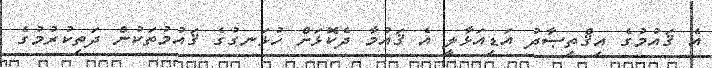
އެ ޤައުމުގެ އިޤްތިޞާދު އަޑިއަޅާލީ އެ ޤައުމާ ދެކޮޅަށް ހުޅަނގުގެ ޤައުމުތަކުން ދަތިކުރުމުގެ